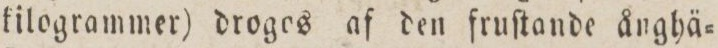
kilogrammer) droges af den fruſtande ånghä=